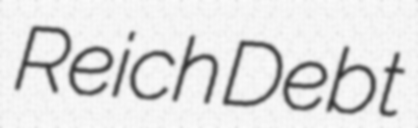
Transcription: Reich Debt